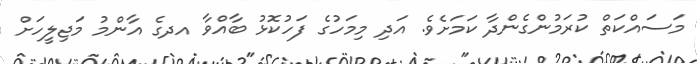
މަސައްކަތް ކުރަމުންގެންދާ ކަމަށެވެ. އަދި މިމަހުގެ ފަހުކޮޅު ބާއްވާ އދގެ އާންމު މަޖިލީހަށް